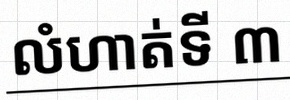
លំហាត់ទី ៣